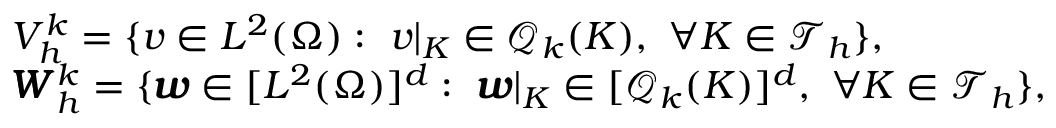
\begin{array} { r l } & { { V _ { h } ^ { k } } = \{ v \in L ^ { 2 } ( \Omega ) : \ v | _ { K } \in { \mathcal { Q } _ { k } ( K ) } , \ \forall K \in \mathcal { T } _ { h } \} , } \\ & { \pmb { W } _ { h } ^ { k } = \{ \pmb { w } \in [ L ^ { 2 } ( \Omega ) ] ^ { d } : \ \pmb { w } | _ { K } \in [ { \mathcal { Q } _ { k } ( K ) } ] ^ { d } , \ \forall K \in \mathcal { T } _ { h } \} , } \end{array}